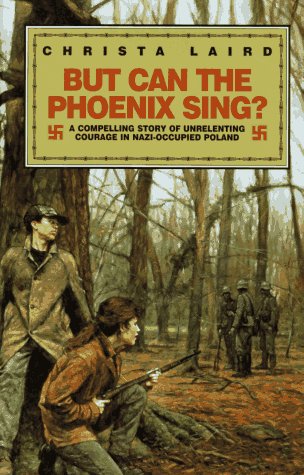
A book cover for But Can the Phoenix Sing?; Christa Laird; Teen & Young Adult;